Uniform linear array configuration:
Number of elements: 32
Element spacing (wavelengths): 0.5
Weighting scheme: uniform
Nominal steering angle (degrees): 60
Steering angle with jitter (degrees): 58.696
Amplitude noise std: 0.05
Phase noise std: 0.05

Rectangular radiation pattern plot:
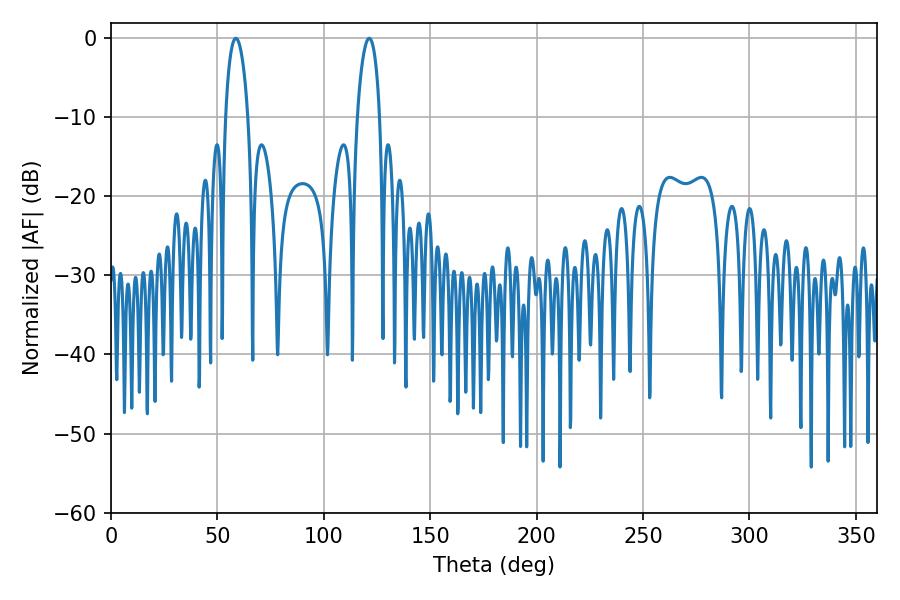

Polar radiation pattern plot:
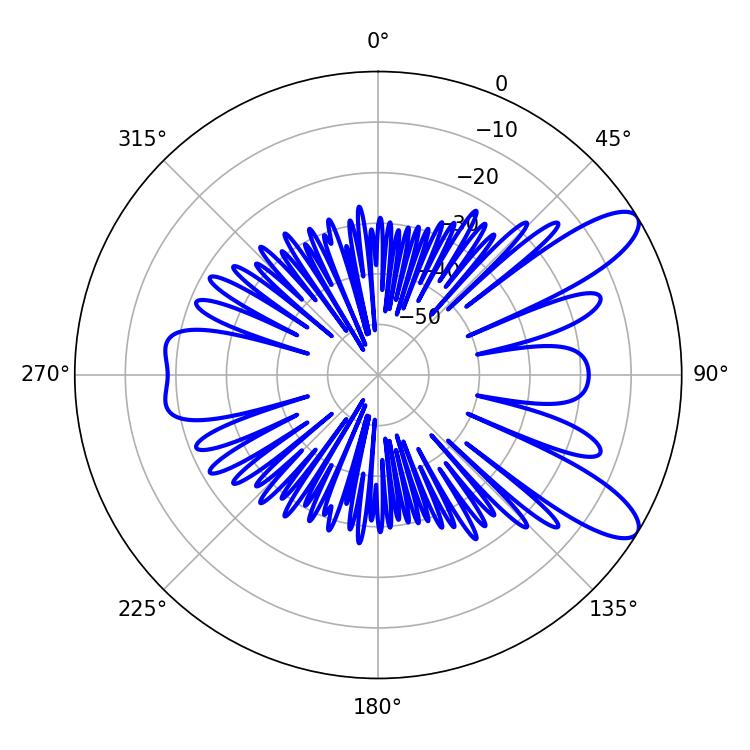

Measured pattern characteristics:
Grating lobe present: FALSE
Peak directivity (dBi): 10.095
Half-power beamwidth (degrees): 5.94
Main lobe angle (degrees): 58.68